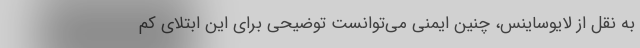
به نقل از لایوساینس، چنین ایمنی می‌توانست توضیحی برای این ابتلای کم